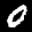
Label: 0